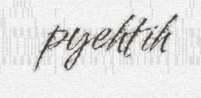
pyehtih